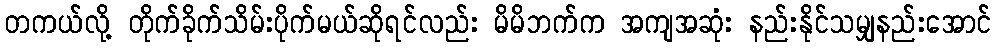
တကယ်လို့ တိုက်ခိုက်သိမ်းပိုက်မယ်ဆိုရင်လည်း မိမိဘက်က အကျအဆုံး နည်းနိုင်သမျှနည်းအောင်